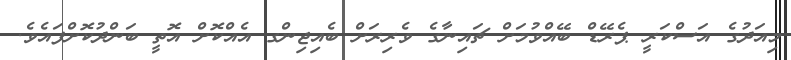
މިއަދުގެ އަސްކަރީ ޕެރޭޑް ބޭއްވުމަށް ޗައިނާގެ ވެރިރަށް ބެއިޖިންގ އެއްކޮށް އޮތީ ބަންދުކޮށްފައެވެ.